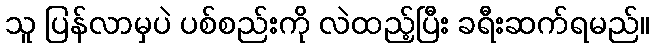
သူ ပြန်လာမှပဲ ပစ်စည်းကို လဲထည့်ပြီး ခရီးဆက်ရမည်။